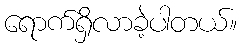
ရောက်ရှိလာခဲ့ပါတယ်။